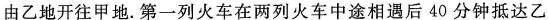
由乙地开往甲地。第一列火车在两列火车中途相遇后40分钟抵达乙